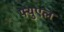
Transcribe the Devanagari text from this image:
फ्युएल